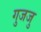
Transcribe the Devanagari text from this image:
गुजजु